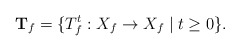
\begin{align*}\mathbf{T}_{f}=\{T_{f}^{t}:X_{f}\to X_{f}\mid t\ge0\}.\end{align*}